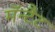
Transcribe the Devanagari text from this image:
मॅन्टैट